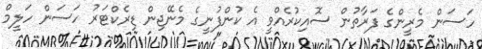
ހަސަން މެރީންގެ ފަރާތުން ސޮއިކުރެއްވީ އެ ކުންފުނީގެ މެނޭޖިން ޑިރެކްޓަރު ހަސަން ހަލީމް